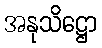
အနုသိဋ္ဌော